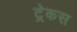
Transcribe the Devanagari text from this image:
ट्रेकस